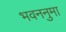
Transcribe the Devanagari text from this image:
भवननुमा